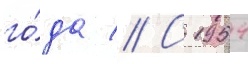
го́да // С 1954